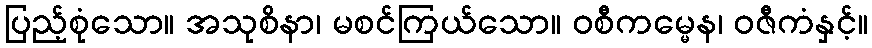
ပြည့်စုံသော။ အသုစိနာ၊ မစင်ကြယ်သော။ ဝစီကမ္မေန၊ ဝဇီကံနှင့်။